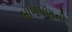
બાળપણની